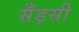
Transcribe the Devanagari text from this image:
सँड़सी